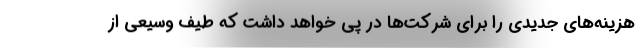
هزینه‌های جدیدی را برای شرکت‌ها در پی خواهد داشت که طیف وسیعی از